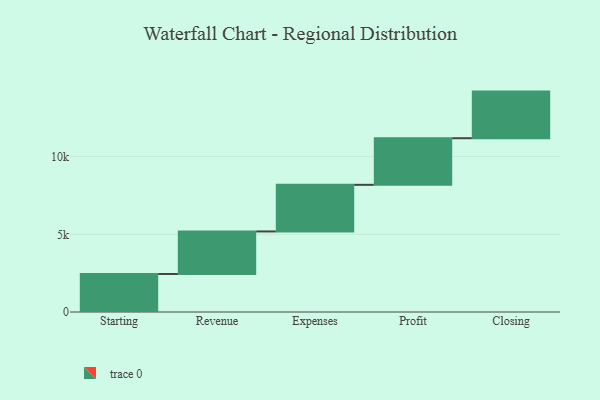
{"axis": {"x": "Step", "y": "Value"}, "legend": [""], "data": [{"x": "Starting", "y": 2445.0, "type": ""}, {"x": "Revenue", "y": 2739.0, "type": ""}, {"x": "Expenses", "y": 3000, "type": ""}, {"x": "Profit", "y": 3000, "type": ""}, {"x": "Closing", "y": 3000, "type": ""}]}